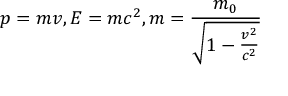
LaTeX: p = m v , E = m c ^ { 2 } , m = \frac { m _ { 0 } } { \sqrt { 1 - \frac { v ^ { 2 } } { c ^ { 2 } } } }